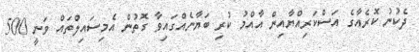
ދެކުނު ކޮރެއާގެ އަސްކަރިއްޔާއިން އާއްމު ކުރި ބަޔާނެއްގައިވާ ގޮތުން އެމިސައިލްތައް ވަނީ 500